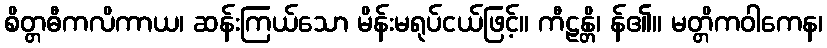
စိတ္တဓီကလိကာယ၊ ဆန်းကြယ်သော မိန်းမရုပ်ငယ်ဖြင့်။ ကီဠန္တိ၊ န်၏။ မတ္တိကဝါကေန၊